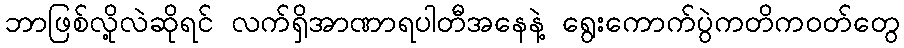
ဘာဖြစ်လို့လဲဆိုရင် လက်ရှိအာဏာရပါတီအနေနဲ့ ရွေးကောက်ပွဲကတိကဝတ်တွေ